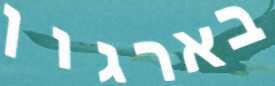
בארגון